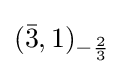
({\bar {3}},1)_{-{\frac {2}{3}}}